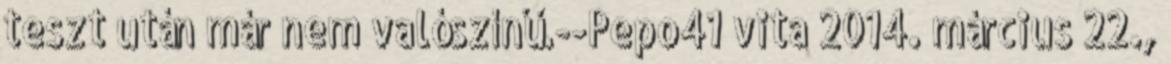
teszt után már nem valószínű.--Pepo41 vita 2014. március 22.,